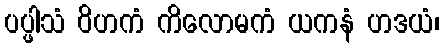
ပပ္ဖါသံ ဝိဟကံ ကိလောမကံ ယကနံ ဟဒယံ၊